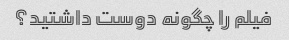
فیلم را چگونه دوست داشتید؟